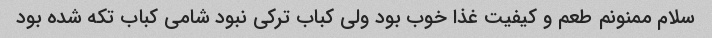
سلام ممنونم طعم و کیفیت غذا خوب بود ولی کباب ترکی نبود شامی کباب تکه شده بود